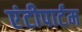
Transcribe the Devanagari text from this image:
एंटीपार्टम